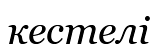
кестелі